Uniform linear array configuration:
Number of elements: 8
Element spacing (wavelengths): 1
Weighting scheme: uniform
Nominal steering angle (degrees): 30
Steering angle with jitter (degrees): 30.523
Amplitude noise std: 0.05
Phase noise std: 0.05

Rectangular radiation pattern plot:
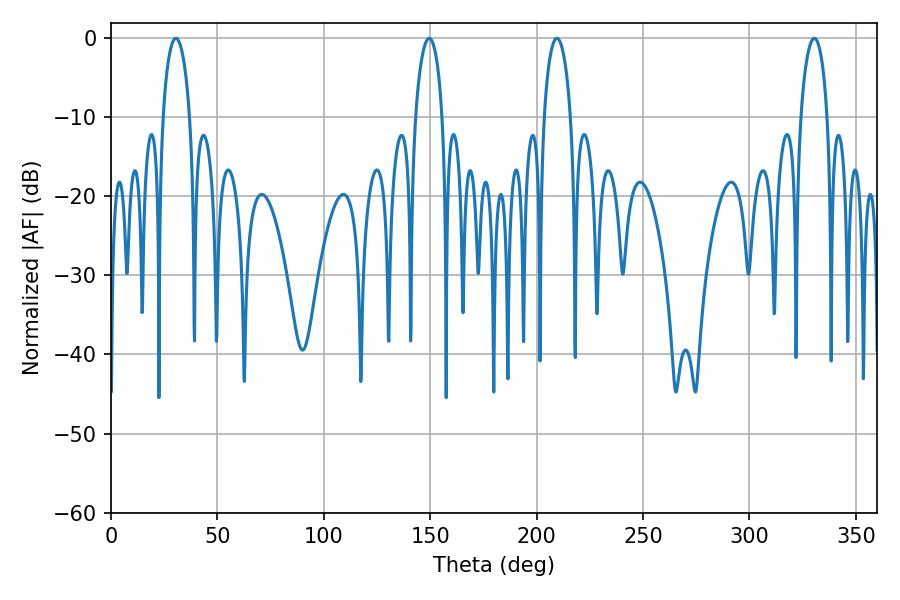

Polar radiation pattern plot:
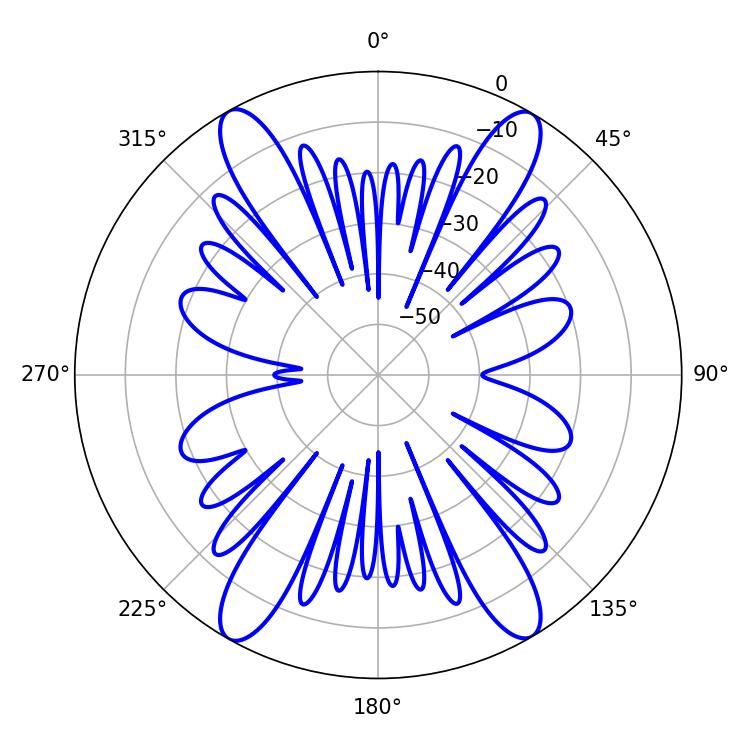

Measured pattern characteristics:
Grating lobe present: TRUE
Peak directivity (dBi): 26.651
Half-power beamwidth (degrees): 7.2
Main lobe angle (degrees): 209.52